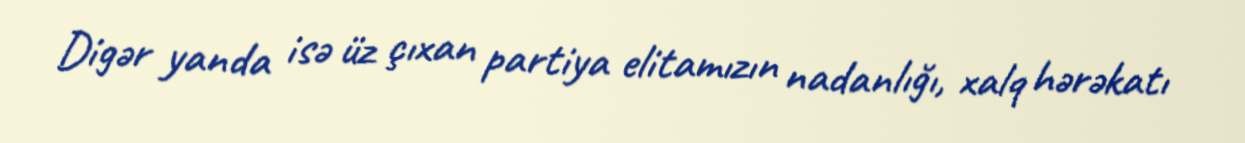
Digər yanda isə üz çıxan partiya elitamızın nadanlığı, xalq hərəkatı